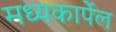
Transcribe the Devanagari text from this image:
मध्यकार्पेल